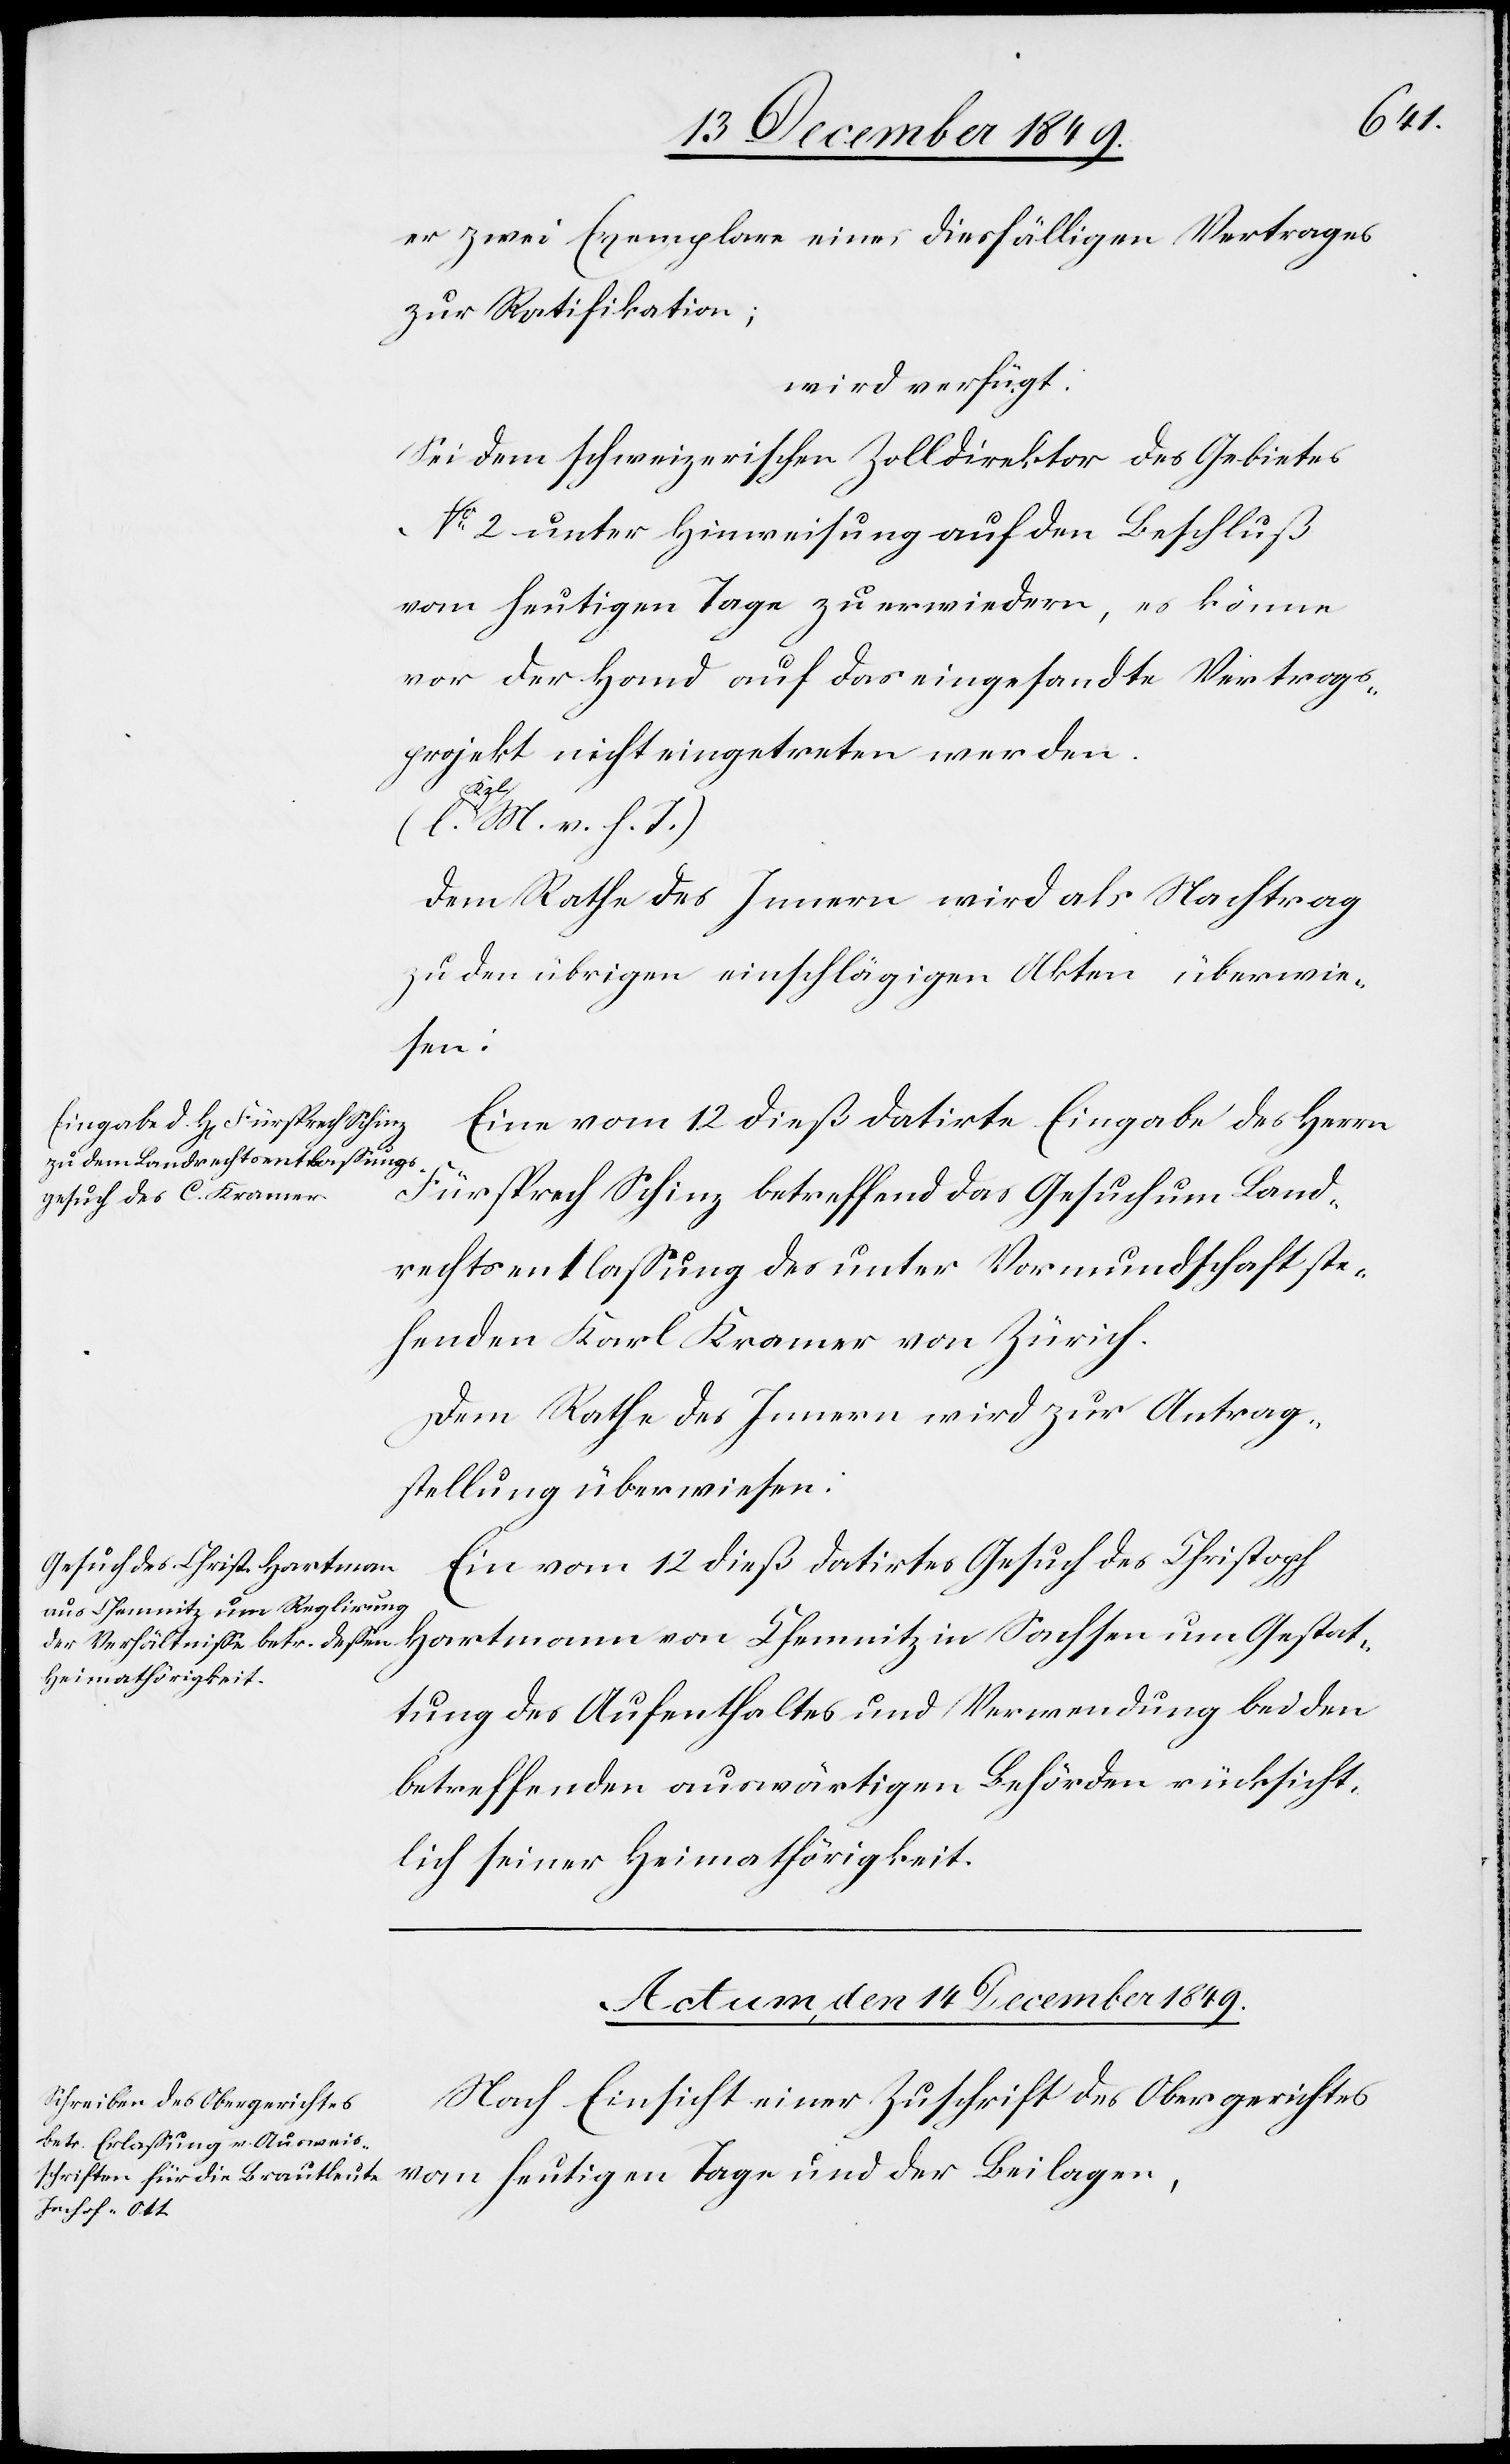
Gestat¬
14 December 1849.
er zwei Exemplare eines dießfälligen Vertrages
zur Ratifikation;
wird verfügt:
Sei dem schweizerischen Zolldirektor des Gebietes
N° 2 unter Hinweisung auf den Beschluß
vom heutigen Tage zu erwiedern, es könne
vor der Hand auf das eingesandte Vertrags¬
projekt nicht eingetreten werden.
[l.
kzl. M. v. h. T]
Dem Rathe des Innern wird als Nachtrag
zu den übrigen einschlägigen Akten überwie¬
sen:
Eine vom 12 dieß datirte Eingabe des Herrn
Fürsprech Schinz betreffend das Gesuch um Land¬
rechtsentschädigung des unter Vormundschaft ste¬
henden Karl Kramer von Zürich.
Dem Rathe des Innern wird zur Antrag¬
stellung überwiesen:
Ein vom 12 dieß datirtes Gesuch des Christoph
tung des Aufenthaltes und Verwendung bei den
betreffenden auswärtigen Behörden rücksicht¬
lich seiner Heimathörigkeit.
Nach Einsicht einer Zuschrift des Obergerichtes